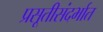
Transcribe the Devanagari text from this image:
प्रसूतीसंदर्भात